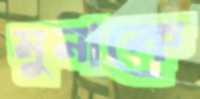
মুনাকে